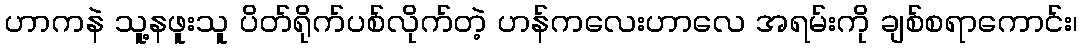
ဟာကနဲ သူ့နဖူးသူ ပိတ်ရိုက်ပစ်လိုက်တဲ့ ဟန်ကလေးဟာလေ အရမ်းကို ချစ်စရာကောင်း၊